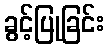
ခွင့်ပြုခြင်း